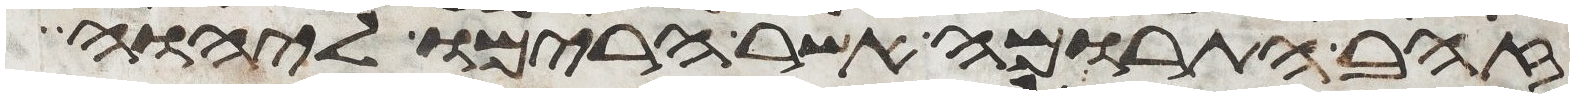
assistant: זהב התרומה אשר הרימו ליהוה